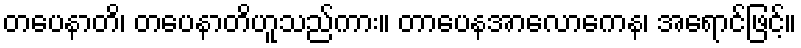
တပေနာတိ၊ တပေနာတိဟူသည်ကား။ တာပေနအာလောကေန၊ အရောင်ဖြင့်။